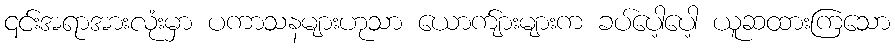
၎င်းအရာအားလုံးမှာ ပကာသနများဟုသာ ယောက်ျားများက ခပ်ပေါ့ပေါ့ ယူဆထားကြသော